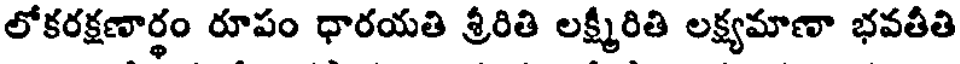
లోకరక్షణార్థం రూపం ధారయతి శ్రీరితి లక్ష్మీరితి లక్ష్యమాణా భవతీతి